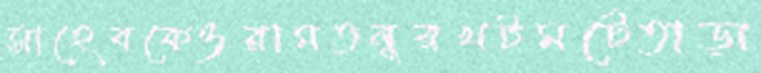
সাহেবকেওরামতনুরখটমটেতাড়া